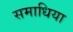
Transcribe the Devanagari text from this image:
समाधिया